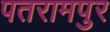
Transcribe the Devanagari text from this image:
पतरामपुर